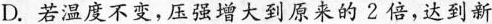
D.若温度不变，压强增大到原来的2倍，达到新